Vaccination report Assam 1896-1927 - 1896-1927
Year: 1896
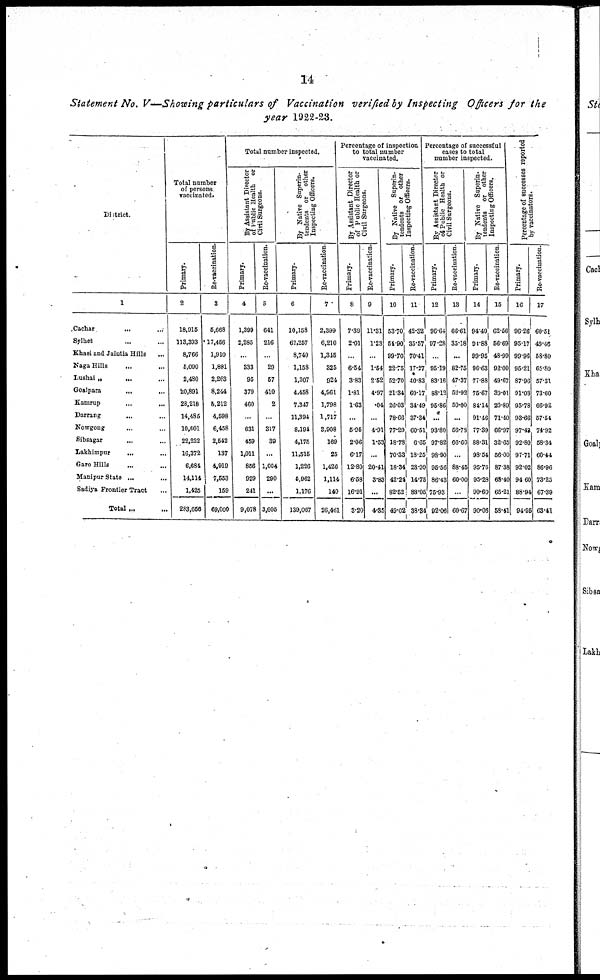
14
Statement No. V—Showing particulars of Vaccination verified by Inspecting Officers for the
year 1922-23.
District.
1
Cachar ... ...
Sylhet ... ...
Khasi and Jaintia Hills ...
Naga Hills
...
...
Lushai „ ... ...
Goalpara ... ...
Kamrup ... ...
Darrang ... ...
Nowgong ... ...
Sibsagar ... ...
Lakhimpur ... ...
Garo Hills ... ...
Manipur State
...
...
Sadiya Frontier Tract ...
Total
...
...
Total number
of persons
vaccinated.
Primary.
2
18,915
113,393
8,766
6,090
2,480
20,891
28,218
14,485
10,601
22,222
16,372
6,684
14,114
1,425
283,656
Re-vaccination.
3
5,668
17,456
1,910
1,881
2,263
8,244
5,212
4,598
6,458
2,542
137
4,919
7,553
159
69,000
Total number inspected.
By Assistant Director
of Public Health or
Civil Surgeons.
Primary.
4
1,399
2,285
...
333
95
379
460
...
631
459
1,011
856
929
241
9,078
Re-vaccination.
5
641
216
...
29
57
410
2
...
317
39
...
1,004
290
...
3,005
By Native Superin-
tendents or other
Inspecting Officers.
Primary.
6
10,158
62,257
8,740
1,158
1,307
4,458
7,347
11,394
8,194
4,175
11,515
1,226
5,962
1,176
139,067
Re-vaccination.
7
2,399
6,210
1,345
325
924
4,961
1,798
1,717
3,908
169
25
1,426
1,114
140
26,461
Percentage of inspection
to total number
vaccinated.
By Assistant Director
of Public Health or
Civil Surgeons.
Primary.
8
7.39
2.01
...
6.54
3.83
1.81
1.63
...
5.95
2.06
6.17
12.80
6.58
16.91
3.20
Re-vaccination.
9
11.31
1.23
...
1.54
2.52
4.97
.04
...
4.91
1.53
...
20.41
3.83
...
4.35
By Native Superin-
tendents or other
Inspecting Officers.
Primary.
10
53.70
54.90
99.70
22.75
52.70
21.34
26.03
78.66
77.20
18.78
70.33
18.34
42.24
82.52
49.02
Re-vaccination.
11
42.32
35.57
70.41
17.27
40.83
60.17
34.49
37.34
60.51
6.65
18.25
28.99
14.75
88.05
38.34
Percentage of successful
cases to total
number inspected.
By Assistant Director
of Public Health or
Civil Surgeons.
Primary.
12
96.64
97.28
...
95.19
83.16
88.12
95.86
...
93.80
97.82
98.90
95.56
86.43
75.93
92.06
Re-vaccination.
13
66.61
35.18
...
82.75
47.37
52.92
50.00
...
56.78
66.68
...
88.45
60.00
...
60.67
By Native Superin-
tendents or other
Inspecting Officers.
Primary.
14
94.40
91.88
99.95
96.63
77.88
75.67
84.14
91.46
77.39
88.31
98.54
95.76
95.28
90.60
90.06
Re-vaccination.
15
62.56
56.69
48.99
92.00
49.67
39.01
20.89
71.40
66.97
32.65
56.00
87.38
68.40
65.21
53.41
Percentage of successes reported
by vaccinators.
Primary.
16
96.26
95.17
99.96
95.21
87.96
91.03
95.78
93.66
97.42
92.80
97.71
92.02
94.60
88.94
94.95
Re-vaccination.
17
60.51
49.46
58.80
65.80
57.31
73.60
66.92
57.54
74.92
58.34
60.44
86.96
73.25
67.39
63.41